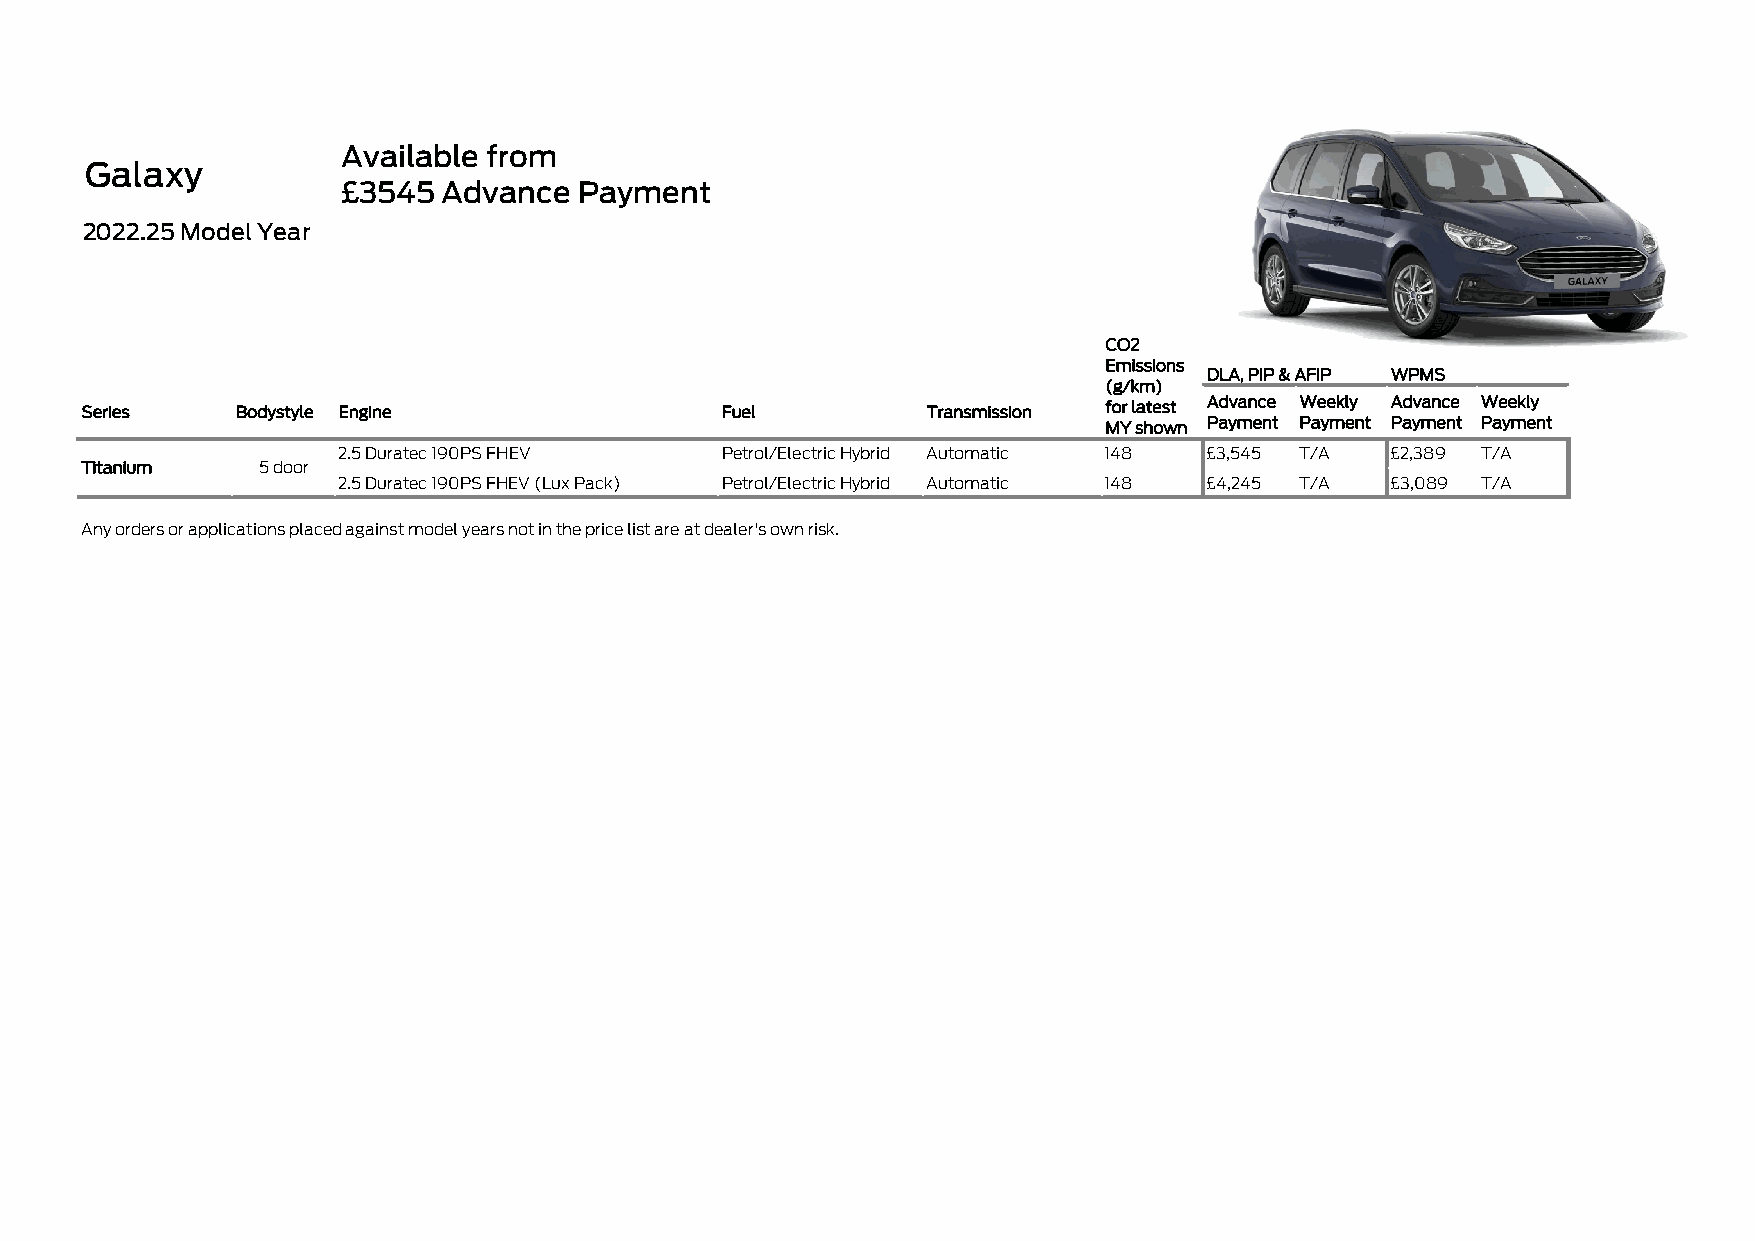
Available from
 Galaxy
 £3545 Advance  Payment
 2022.25 Model Year
 CO2
 Emissions
 DLA, PIP & AFIP WPMS
 (g/km)
 Series     Bodystyle Engine                Fuel         Transmission for latest Advance Weekly Advance Weekly
 MY shown Payment Payment Payment Payment
 2.5 Duratec 190PS FHEV    Petrol/Electric Hybrid Automatic 148 £3,545 T/A £2,389 T/A
 Titanium    5 door
 2.5 Duratec 190PS FHEV (Lux Pack) Petrol/Electric Hybrid Automatic 148 £4,245 T/A £3,089 T/A
 Any orders or applications placed against model years not in the price list are at dealer's own risk.